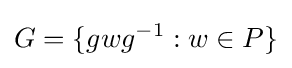
G=\{gwg^{-1}:w\in P\}